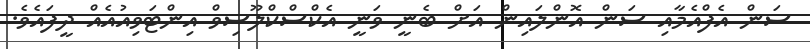
ސަން އެފްއެމާއި ސަން އޮންލައިން އަށް ބެނީ ވަނީ އެކްސްކްލޫސިވް އިންޓަވިއުއެއް ދީފައެވެ.